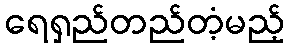
ရေရှည်တည်တံ့မည့်